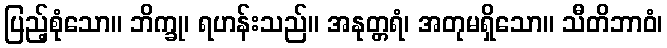
ပြည့်စုံသော။ ဘိက္ခု၊ ရဟန်းသည်။ အနုတ္တရံ၊ အတုမရှိသော။ သီတိဘာဝံ၊